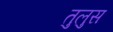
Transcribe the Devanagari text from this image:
तुलुस